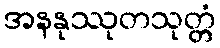
အနနုဿုတသုတ္တံ